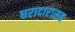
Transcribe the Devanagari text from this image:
घरादारासह